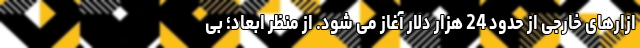
ازارهای خارجی از حدود 24 هزار دلار آغاز می شود. از منظر ابعاد؛ بی